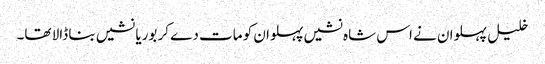
خلیل پہلوان نے اس شاہ نشیں پہلوان کو مات دے کر بوریا نشیں بنا ڈالا تھا۔